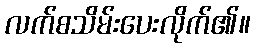
လက်စသိမ်းပေးလိုက်၏။